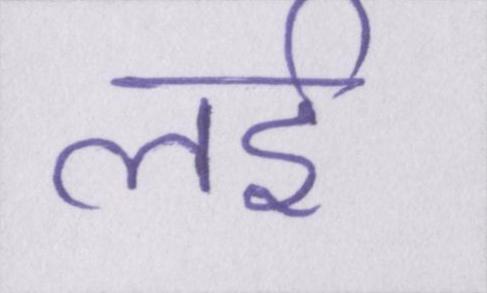
लई